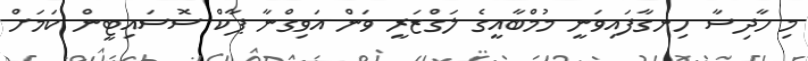
މި ހާދިސާ ހިނގާފައިވަނީ މުމްބާއީގެ ލަގްޒަރީ ވަން އަވިގްނާ ޕާކް ސޮސައިޓީން ކަމަށް